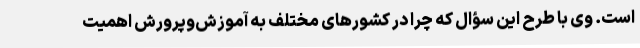
است. وی با طرح این سؤال که چرا در کشورهای مختلف به آموزش‌وپرورش اهمیت